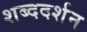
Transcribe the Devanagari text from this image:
शब्ददर्शन